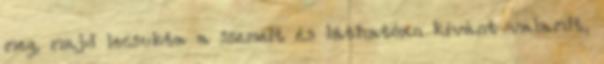
meg, majd lecsukta a szemeit és láthatóan kívánt valamit,